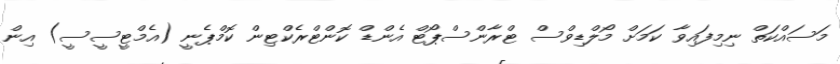
މަސައްކަތް ނިމިފައިވާ ކަމަށް މޯލްޑިވްސް ޓްރާންސްޕޯޓް އެންޑް ކޮންޓްރެކްޓިން ކޮމްޕެނީ (އެމްޓީސީސީ) އިން